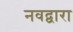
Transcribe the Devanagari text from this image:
नवद्वारा